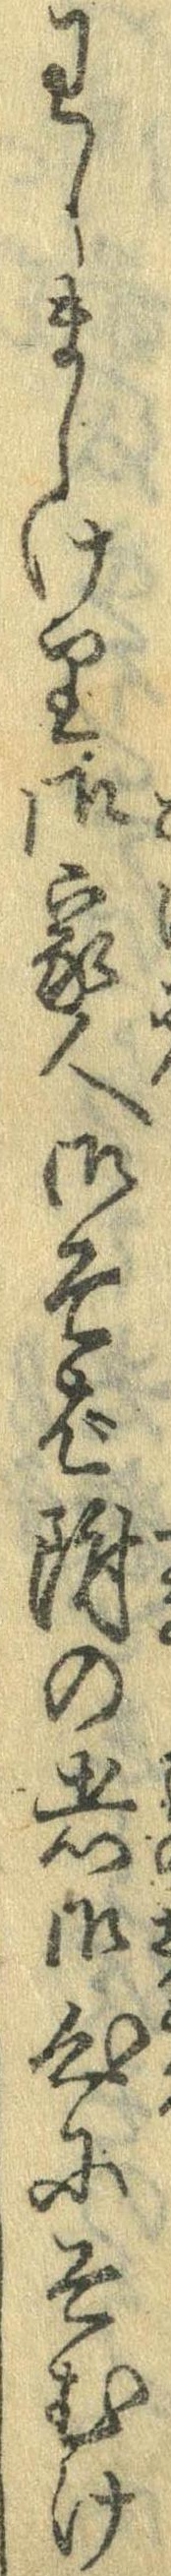
わしましけり御家人御そば附の者御心にそむけ